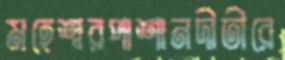
মহেশ্বরপাশানদীতীরে